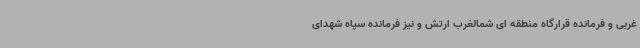
غربی و فرمانده قرارگاه منطقه ای شمالغرب ارتش و نیز فرمانده سپاه شهدای